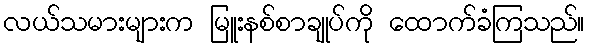
လယ်သမားများက မြူးနစ်စာချုပ်ကို ထောက်ခံကြသည်။